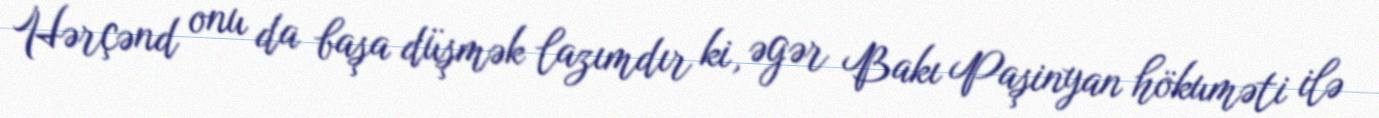
Hərçənd onu da başa düşmək lazımdır ki, əgər Bakı Paşinyan hökuməti ilə